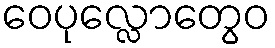
ဝေပုလ္လောတွေဝ